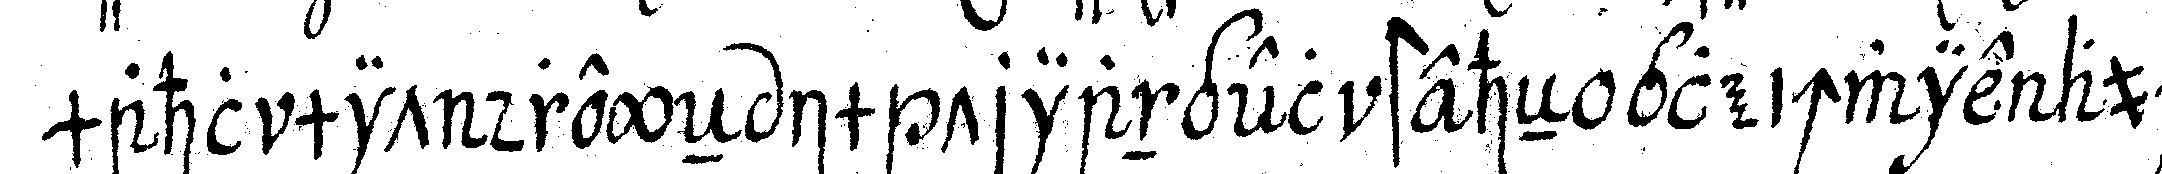
mahl mit dreyeN im triangel steheN gleichwie auch